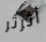
أثرثر